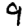
Digit: 9